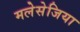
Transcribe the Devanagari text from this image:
मलेसेजिया